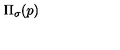
\Pi _ { \sigma } ( p )